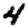
Digit: 4